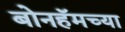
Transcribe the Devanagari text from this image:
बोनहॅमच्या